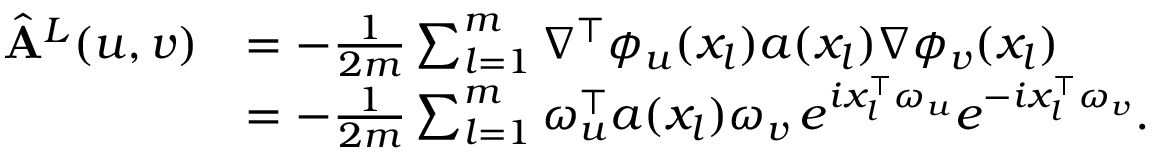
\begin{array} { r l } { \hat { \mathbf { A } } ^ { L } ( u , v ) } & { = - \frac { 1 } { 2 m } \sum _ { l = 1 } ^ { m } \nabla ^ { \top } \phi _ { u } ( x _ { l } ) a ( x _ { l } ) \nabla \phi _ { v } ( x _ { l } ) } \\ & { = - \frac { 1 } { 2 m } \sum _ { l = 1 } ^ { m } \omega _ { u } ^ { \top } a ( x _ { l } ) \omega _ { v } \, e ^ { i x _ { l } ^ { \top } \omega _ { u } } e ^ { - i x _ { l } ^ { \top } \omega _ { v } } . } \end{array}